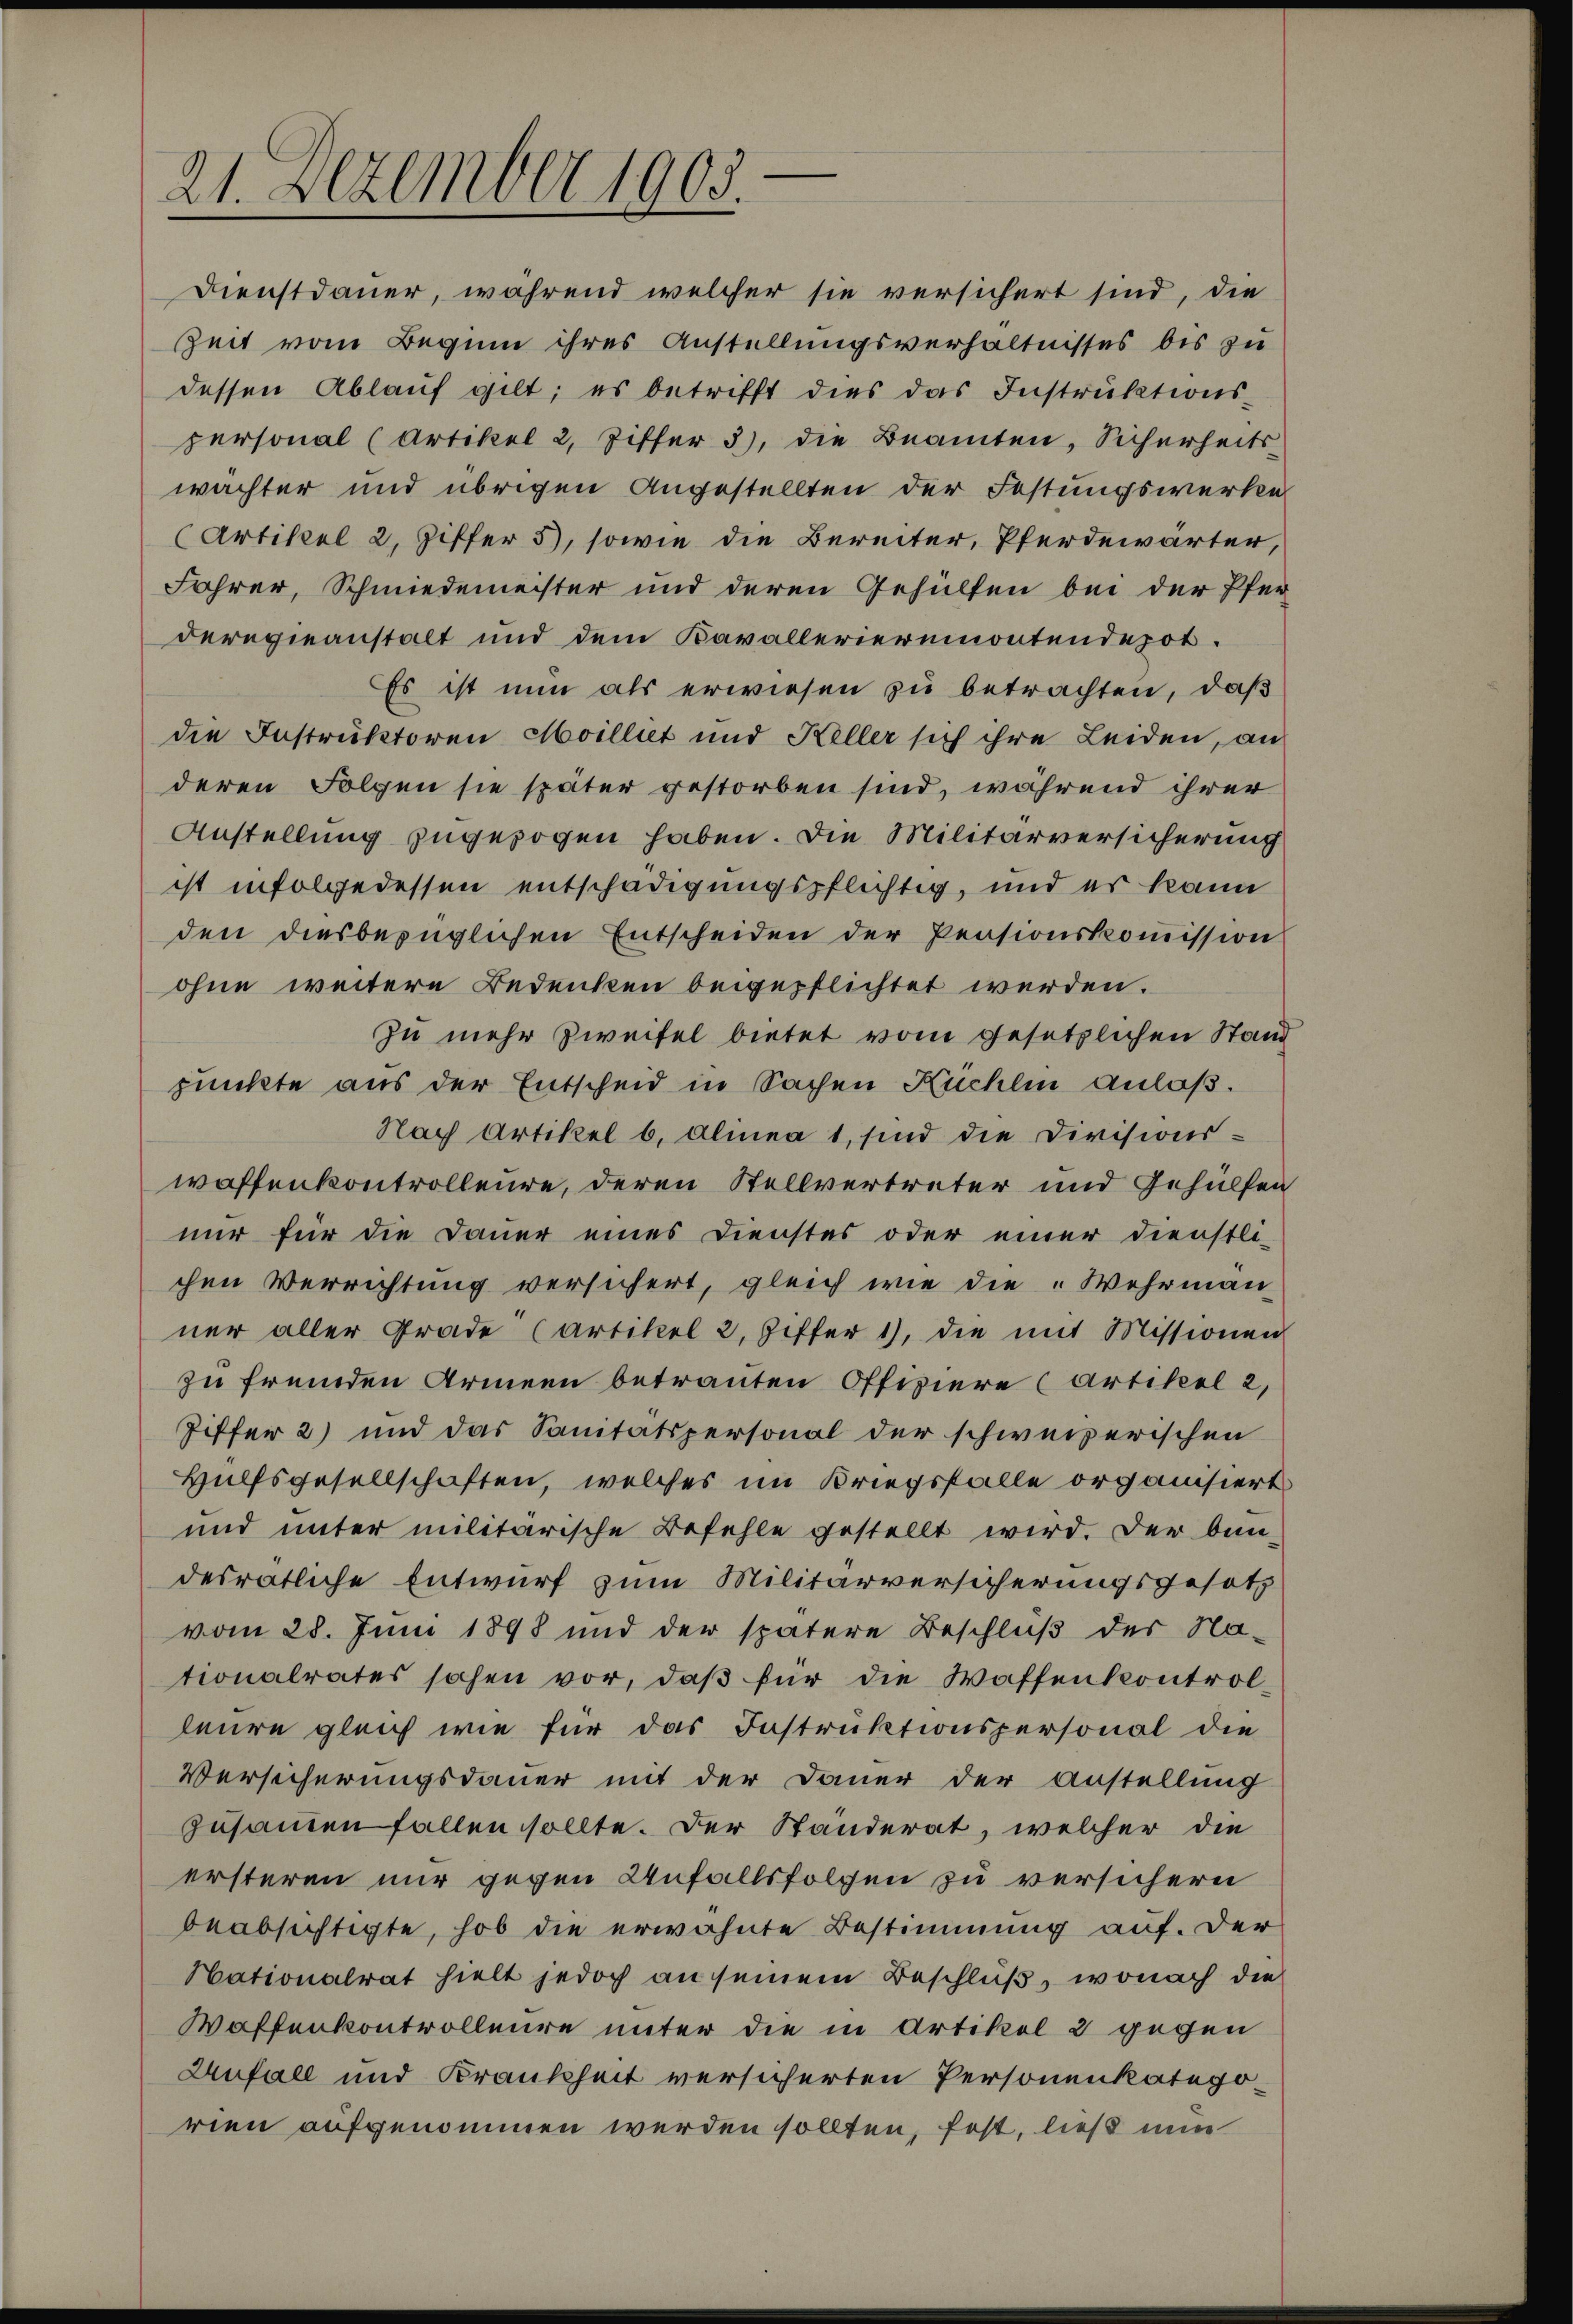
21. Dezember 1903.

Dienstdauer, während welcher sie versichert sind, die
Zeit vom Beginn ihres Anstellungsverhältnisses bis zu
dessen Ablauf gilt; es betrifft dies das Instruktionspersonal (Artikel 2, Ziffer 3), die Beamten, Sicherheitswächter und übrigen Angestellten der Festungswerken
(Artikel 2, Ziffer 5), sowie die Bereiter, Pferdewärter,
Fahrer, Schmiedemeister und deren Gehülfen bei der Pfer-
deregieanstalt und dem Kavallerieremontendepot.
Es ist nun als erwiesen zu betrachten, daß
die Instruktoren Moilliet und Keller sich ihre Leiden, an
deren Folgen sie später gestorben sind, während ihrer
Anstellung zugezogen haben. Die Militärversicherung
ist infolgedessen entschädigungspflichtig, und es kann
den diesbezüglichen Entscheiden der Pensionskoṁission
ohne weitere Bedenken beigepflichtet werden.
zu mehr Zweifel bietet vom gesetzlichen Stand
punkte aus der Entscheid in Sachen Küchlin anlaß.
Nach Artikel b. Alinea 1, sind die Divisions-
waffenkontrolleure, deren Stellvertreter und Gehülfen
nur für die Dauer eines Dienstes oder einer Dienstli-
chen Verrichtung versichert, gleich wie die „Wehrman
ner aller Grade (Artikel 2, Ziffer 1), die mit Missionen
zu fremden Armeen betrauten Offiziere (Artikel 2,
Ziffer 2) und das Sanitätspersonal der schweizerischen
Hülfsgesellschaften, welches im Kriegsfalle organisiert
und unter militarische Befehle gestellt wird. Der bun-
desrätliche Entwurf zum Militärversicherungsgesetz
vom 28. Juni 1898 und der spätere Beschluß der Na-
tionalrates sahen vor, daβ für die Waffenkontrol
leure gleich wie für das Instruktionspersonal die
Versicherungsdauer mit der Dauer der Anstellung
zusammenfallen sollte. Der Ständerat, welcher die
ersteren nur gegen Unfallsfolgen zu versichern
beabsichtigte, hob die erwähnte Bestimmung auf. Der
Nationalrat hielt jedoch an seinem Beschluß, wonach die
Waffenkontrolleure unter die in Artikel 2 gegen
Anfall und Krankheit versicherten Personenkategorien aufgenommen werden sollten, fest, ließ nun